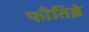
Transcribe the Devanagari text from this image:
फाँतिब्रे